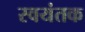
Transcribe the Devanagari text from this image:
स्‍वयंतक